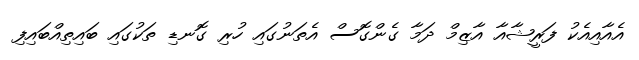
އެއާއިއެކު ފަރީޝާއާ އާޒިމް ދަމާ ގެންގޮސް އެތަނުގައި ހުރި ގޮނޑި ތަކުގައި ބައިތިއްބައިފި